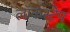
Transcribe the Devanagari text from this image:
लॉकस्टेप